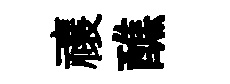
禳醮